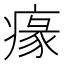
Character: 𤸁